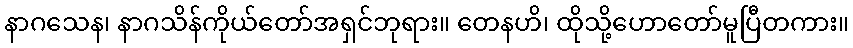
နာဂသေန၊ နာဂသိန်ကိုယ်တော်အရှင်ဘုရား။ တေနဟိ၊ ထိုသို့ဟောတော်မူပြီတကား။